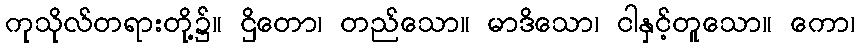
ကုသိုလ်တရားတို့၌။ ဌိတော၊ တည်သော။ မာဒိသော၊ ငါနှင့်တူသော။ ကော၊